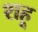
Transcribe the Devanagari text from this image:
शहू